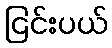
ငြင်းပယ်